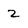
Character: 2